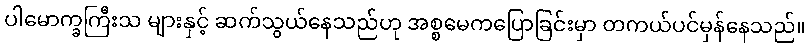
ပါမောက္ခကြီးသ များနှင့် ဆက်သွယ်နေသည်ဟု အစ္စမေကပြောခြင်းမှာ တကယ်ပင်မှန်နေသည်။